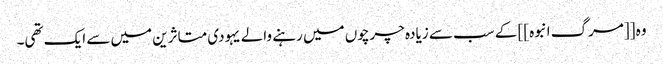
وہ [[مرگ انبوہ]] کے سب سے زیادہ چرچوں میں رہنے والے یہودی متاثرین میں سے ایک تھی۔